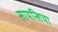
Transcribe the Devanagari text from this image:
सायन्शिया